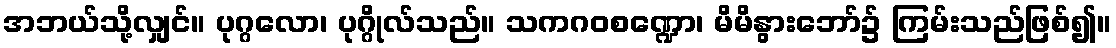
အဘယ်သို့လျှင်။ ပုဂ္ဂလော၊ ပုဂ္ဂိုလ်သည်။ သကဂဝစဏ္ဍော၊ မိမိနွားဘော်၌ ကြမ်းသည်ဖြစ်၍။